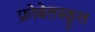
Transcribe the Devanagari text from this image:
फ्रोबेलस्कूल